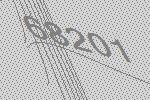
68201